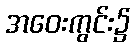
အဝေးကွင်း၌